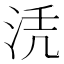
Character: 𱦖